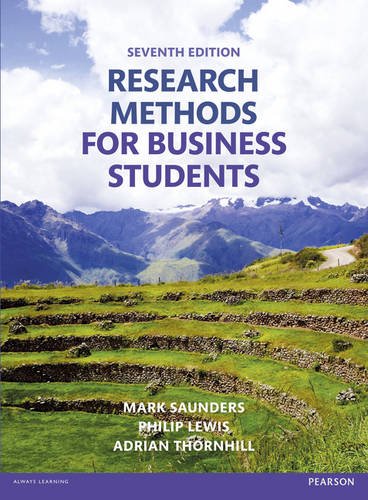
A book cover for Research Methods for Business Students (7th Edition); Mark N.K. Saunders; Business & Money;